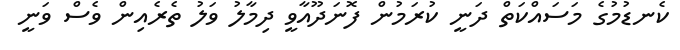
ކެނޑުމުގެ މަސައްކަތް ދަނީ ކުރަމުން ފޮނަދޫއާވީ ދިމާލު ވަލު ތެރެއިން ވެސް ވަނީ